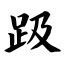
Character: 趿